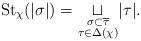
LaTeX: \begin{align*}{\rm St}_\chi(|\sigma|)=\underset{\substack{\sigma\subset\overline{\tau} \\ \tau\in\Delta(\chi)}}{\sqcup}|\tau|.\end{align*}